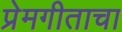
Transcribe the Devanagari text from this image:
प्रेमगीताचा